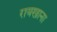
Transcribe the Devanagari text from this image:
रायखाना